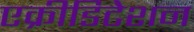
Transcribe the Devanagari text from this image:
एक्रीडिटेशन